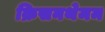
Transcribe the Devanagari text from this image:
क्रिसनथेमम